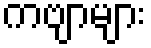
ကဗျာများ